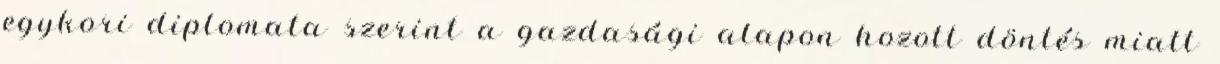
egykori diplomata szerint a gazdasági alapon hozott döntés miatt